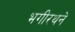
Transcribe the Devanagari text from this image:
भगीरथने